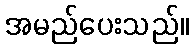
အမည်ပေးသည်။